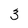
Character: 3